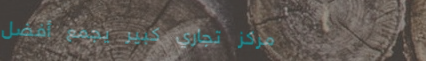
مركز تجاري كبير يجمع أفضل